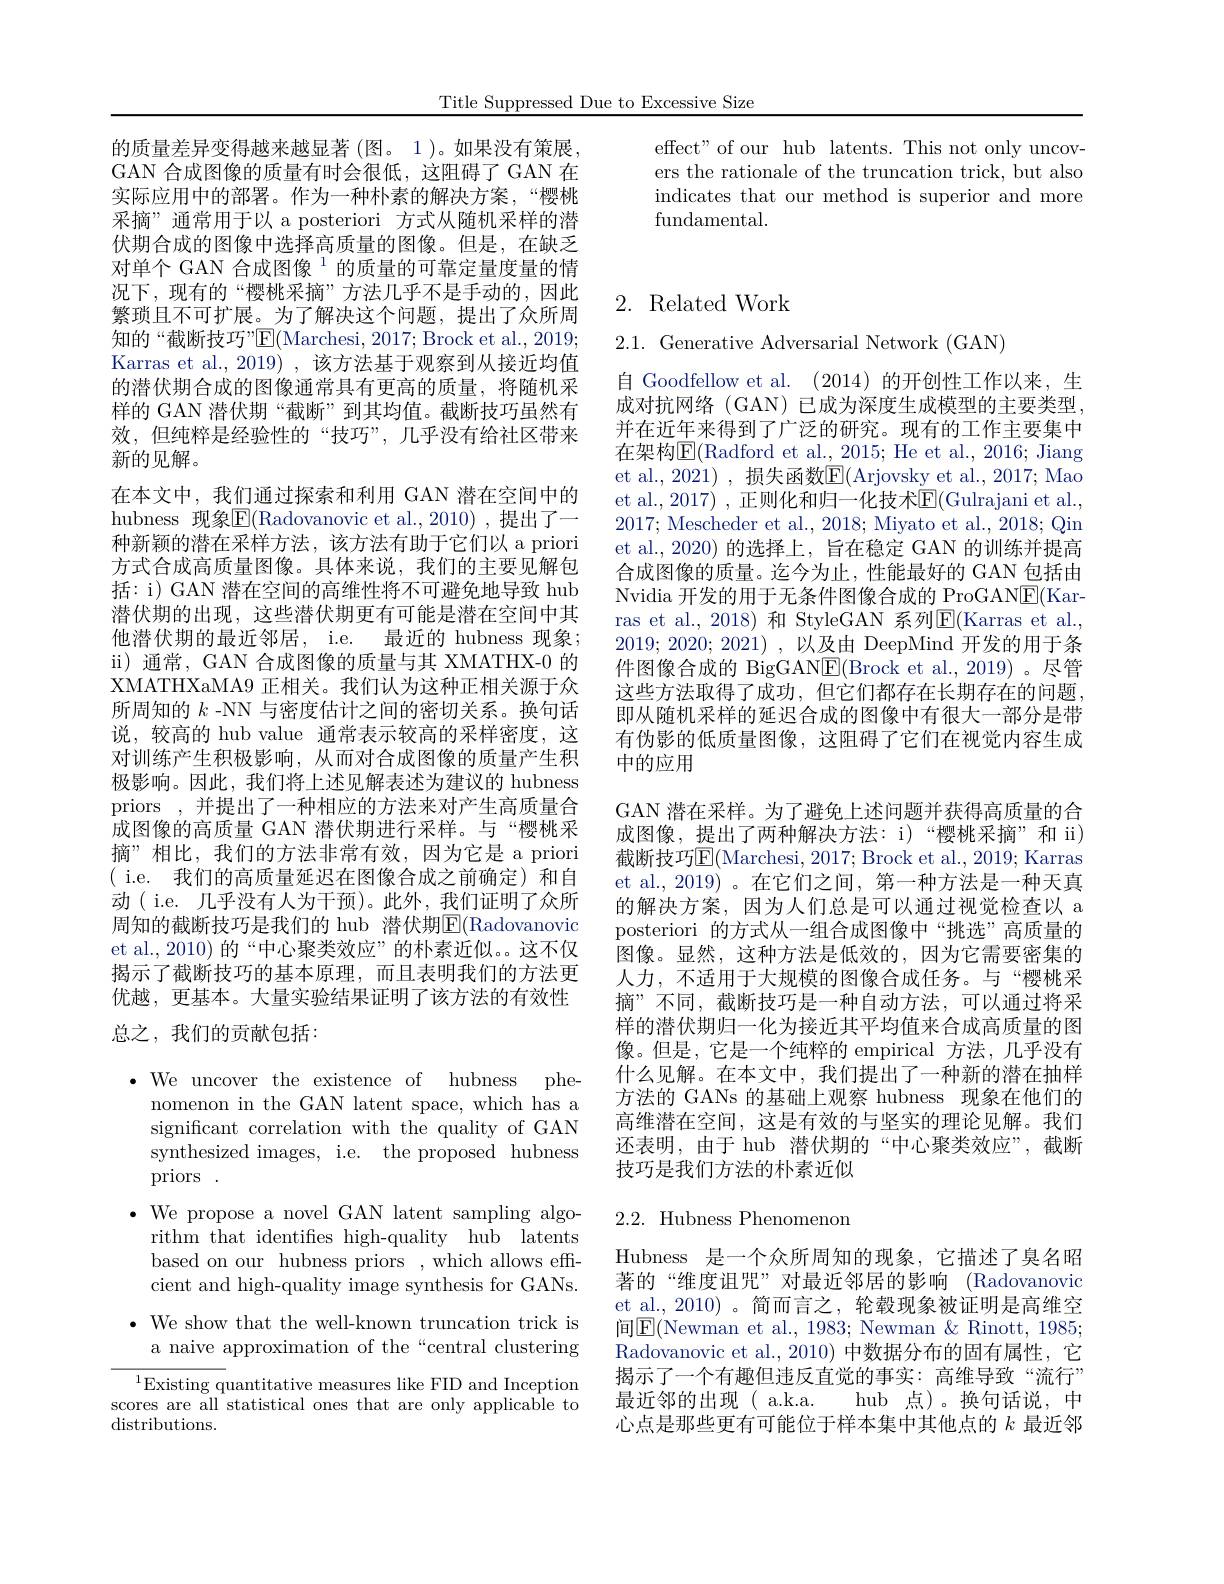
Title Suppressed Due to Excessive Size

effect" of our hub latents. This not only uncovers the rationale of the truncation trick, but also indicates that our method is superior and more ${\mathrm{fundamental}}.$

的质量差异变得越来越显著 (图。1)。如果没有策展GAN 合成图像的质量有时会很低，这阻碍了GAN 在实际应用中的部署。作为一种朴素的解决方案，“樱桃采摘”通常用于以 a posteriori 方式从随机采样的潜伏期合成的图像中选择高质量的图像。但是，在缺乏对单个 GAN 合成图像$^{1}$的质量的可靠定量度量的情况下，现有的“樱桃采摘”方法几乎不是手动的，因此繁琐且不可扩展。为了解决这个问题，提出了众所周知的“截断技巧”E(Marchesi, 2017; Brock et al., 2019; Karras et al.,2019) ,该方法基于观察到从接近均值的潜伏期合成的图像通常具有更高的质量，将随机采样的 GAN 潜伏期“截断”到其均值。截断技巧虽然有效，但纯粹是经验性的“技巧”,几乎没有给社区带来新的见解。
在本文中，我们通过探索和利用 GAN 潜在空间中的hubness 现象$\boxed{\mathrm{E}}($Radovanovic et al.,2010),提出了一种新颖的潜在采样方法，该方法有助于它们以 a priori 方式合成高质量图像。具体来说，我们的主要见解包括：i) GAN 潜在空间的高维性将不可避免地导致 hub 潜伏期的出现，这些潜伏期更有可能是潜在空间中其他潜伏期的最近邻居，i.e. 最近的 hubness 现象； ii) 通常，GAN 合成图像的质量与其 XMATHX-0 的XMATHXaMA9 正相关。我们认为这种正相关源于众所周知的$k$ -NN 与密度估计之间的密切关系。换句话说，较高的 hub value 通常表示较高的采样密度，这对训练产生积极影响，从而对合成图像的质量产生积极影响。因此，我们将上述见解表述为建议的 hubness priors ,并提出了一种相应的方法来对产生高质量合成图像的高质量 GAN 潜伏期进行采样。与“樱桃采摘”相比，我们的方法非常有效，因为它是 a priori ( i.e. 我们的高质量延迟在图像合成之前确定)和自动( i.e. 几乎没有人为干预)。此外，我们证明了众所周知的截断技巧是我们的 hub 潜伏期$\mathbb{E}($Radovanovic et al., 2010) 的“中心聚类效应”的朴素近似。。这不仅揭示了截断技巧的基本原理，而且表明我们的方法更优越，更基本。大量实验结果证明了该方法的有效性总之，我们的贡献包括：

$\cdot$ We uncover the existence of hubness phenomenon in the GAN latent space, which has a significant correlation with the quality of GAN synthesized images, i.e. the proposed hubness priors.
$\cdot$ We propose a novel GAN latent sampling algorithm that identifes high-quality hub latents based on our hubness priors , which allows effcient and high-quality image synthesis for GANs.
$\bullet$ We show that the well-known truncation trick is a naive approximation of the“central clustering $^{1}$Existing quantitative measures like FID and Inception

scores are all statistical ones that are only applicable to
distributions.

## 2. Related Work

2.1. Generative Adversarial Network (GAN)

自 Goodfellow et al. (2014)的开创性工作以来，生成对抗网络(GAN)已成为深度生成模型的主要类型， 并在近年来得到了广泛的研究。现有的工作主要集中在架构E(Radford et al.,$\underline2015;$He et al.,2016;Jiang et al., 2021) , 损失函数$\underline{\mathrm{E}}($Arjovsky et al., 2017; Mao et al., 2017) , 正则化和归一化技术$\overline{\mathrm{E}}($Gulrajani et al., 2017; Mescheder et al., 2018; Miyato et al., 2018; Qin et al.,2020) 的选择上，旨在稳定 GAN 的训练并提高合成图像的质量。迄今为止，性能最好的 GAN 包括由Nvidia 开发的用于无条件图像合成的 ProGAN$\underline{\mathrm{E}}($Karras et al., 2018) 和 StyleGAN 系列$\boxed{\mathrm{E}}($Karras et al., 2019; 2020; 2021) , 以及由 DeepMind 开发的用于条件图像合成的 BigGAN$\boxed{\mathrm{F}}($Brock et al.,2019)。尽管这些方法取得了成功，但它们都存在长期存在的问题， 即从随机采样的延迟合成的图像中有很大一部分是带有伪影的低质量图像，这阻碍了它们在视觉内容生成中的应用

GAN 潜在采样。为了避免上述问题并获得高质量的合成图像，提出了两种解决方法：i)“樱桃采摘”和 ii) 截断技巧$\boxed{\mathrm{E}}($Marchesi, 2017; Brock et al., 2019; Karras et al.,2019)。在它们之间，第一种方法是一种天真的解决方案，因为人们总是可以通过视觉检查以 a posteriori 的方式从一组合成图像中“挑选”高质量的图像。显然，这种方法是低效的，因为它需要密集的人力，不适用于大规模的图像合成任务。与“樱桃采摘”不同，截断技巧是一种自动方法，可以通过将采样的潜伏期归一化为接近其平均值来合成高质量的图像。但是，它是一个纯粹的 empirical 方法，几乎没有什么见解。在本文中，我们提出了一种新的潜在抽样方法的 GANs 的基础上观察 hubness 现象在他们的高维潜在空间，这是有效的与坚实的理论见解。我们还表明，由于 hub 潜伏期的“中心聚类效应”,截断技巧是我们方法的朴素近似2.2. Hubness Phenomenon

Hubness 是一个众所周知的现象，它描述了臭名昭著的“维度诅咒”对最近邻居的影响(Radovanovic et al.,2010)。简而言之，轮毂现象被证明是高维空间$\boxed{\mathrm{E}}($Newman et al., 1983; Newman & Rinott, 1985; Radovanovic et al.,2010)中数据分布的固有属性，它揭示了一个有趣但违反直觉的事实：高维导致“流行” 最近邻的出现( a.k.a. hub 点)。换句话说，中心点是那些更有可能位于样本集中其他点的$k$最近邻